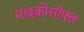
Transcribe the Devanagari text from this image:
माइक्रोसॉफ्त